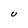
Character: U